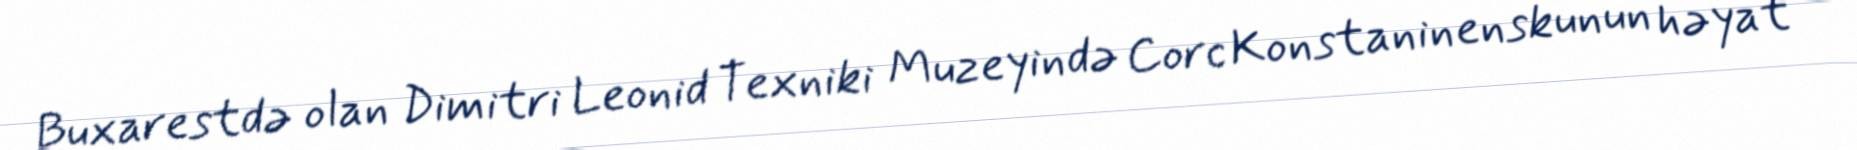
Buxarestdə olan Dimitri Leonid Texniki Muzeyində Corc Konstaninenskunun həyat